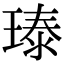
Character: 𪼃